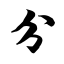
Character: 分